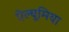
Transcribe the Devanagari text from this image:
ऐल्यूमिया